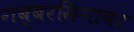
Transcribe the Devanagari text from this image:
गब्बरसिंगावर